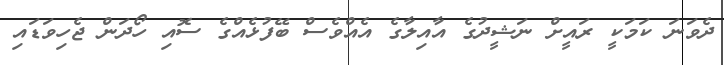
ދެވަނަ ކަމަކީ ރައީށް ނަޝީދުގެ އާއިލާގެ އެއްވެސް ބޭފުޅެއްގެ ސޮއި ހޯދަން ޖެހިވަޑައި